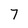
Character: 7